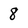
Character: 8